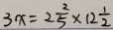
3 x = 2 \frac { 2 } { 5 } \times 1 2 \frac { 1 } { 2 }